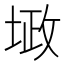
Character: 𪣴